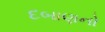
દબાણનો